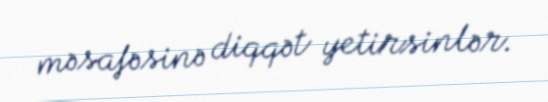
məsafəsinə diqqət yetirsinlər.